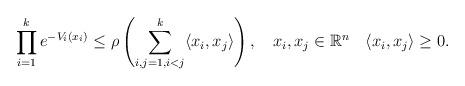
LaTeX: \begin{align*}\prod_{i=1}^k e^{ -V_i(x_i)}\le \rho \left( \sum_{i, j=1, i < j}^{k} \langle x_i, x_j \rangle \right), \hskip 2mm \hskip 2mm x_i, x_j \in \mathbb{R}^n \hskip 2mm \hskip 2mm \langle x_i, x_j \rangle \geq 0.\end{align*}